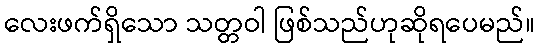
လေးဖက်ရှိသော သတ္တဝါ ဖြစ်သည်ဟုဆိုရပေမည်။